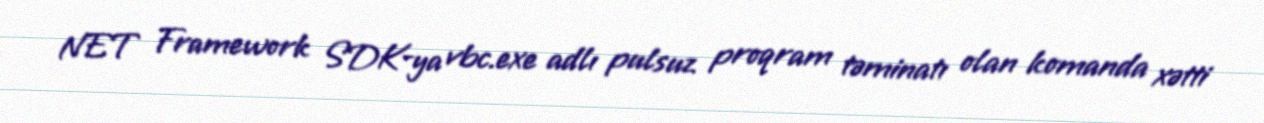
NET Framework SDK-ya vbc.exe adlı pulsuz proqram təminatı olan komanda xətti